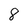
Character: 8